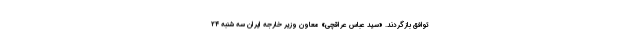
توافق بازگردند. «سید عباس عراقچی» معاون وزیر خارجه ایران سه شنبه ۲۴